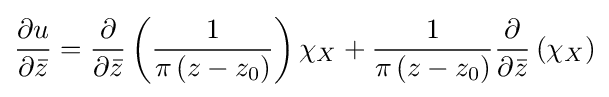
{\frac {\partial u}{\partial {\bar {z}}}}={\frac {\partial }{\partial {\bar {z}}}}\left({\frac {1}{\pi \left(z-z_{0}\right)}}\right)\chi _{X}+{\frac {1}{\pi \left(z-z_{0}\right)}}{\frac {\partial }{\partial {\bar {z}}}}\left(\chi _{X}\right)